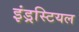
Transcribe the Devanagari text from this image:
इंड्रस्टियल